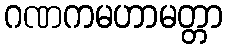
ဂဏကမဟာမတ္တာ